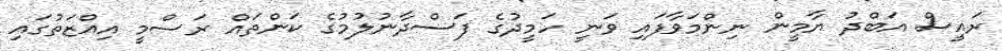
ރައީސް އަބްދު ޔާމީން ނިންމަވާފައި ވަނީ ހަމީދުގެ ފަސްދާނުލުމުގެ ކަންތައް ރަސްމީ އިއްޒަތުގައި